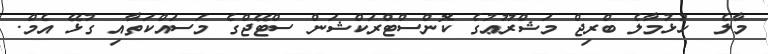
މާލެ  ހުޅުމާލެ ބްރިޖް މަޝްރޫޢުގެ ކޮންސްޓްރަކްޝަން ސްޓޭޖްގެ މަސައްކަތާއި ގުޅޭ އެމް.